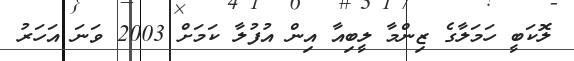
ލޮކަބީ ހަމަލާގެ ޒިންމާ ލީބިއާ އިން އުފުލާ ކަމަށް 2003 ވަނަ އަހަރު